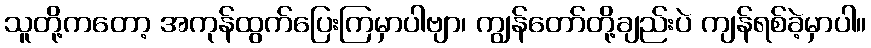
သူတို့ကတော့ အကုန်ထွက်ပြေးကြမှာပါဗျာ၊ ကျွန်တော်တို့ချည်းပဲ ကျန်ရစ်ခဲ့မှာပါ။